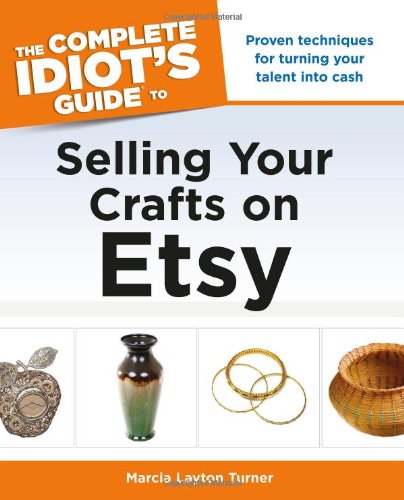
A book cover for The Complete Idiot's Guide to Selling Your Crafts on Etsy (Idiot's Guides); Marcia Layton Turner; Computers & Technology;